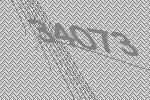
34073